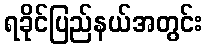
ရခိုင်ပြည်နယ်အတွင်း